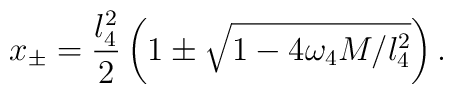
x_{\pm} =\frac{l^2_4}{2}\left(1 \pm\sqrt{1-4\omega_4M/l_4^2}\right).